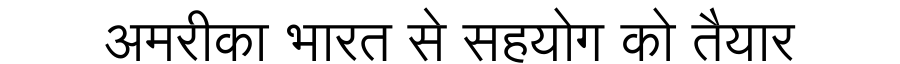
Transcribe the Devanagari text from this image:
अमरीका भारत से सहयोग को तैयार